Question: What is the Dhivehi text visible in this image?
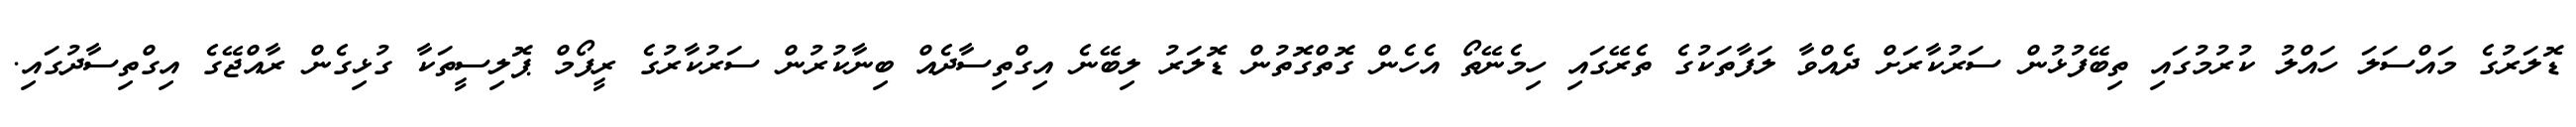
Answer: ޑޮލަރުގެ މައްސަލަ ހައްލު ކުރުމުގައި ތިބޭފުޅުން ސަރުކާރަށް ދެއްވާ ލަފާތަކުގެ ތެރޭގައި ހިމެނޭތޯ އެހެން ގޮތްގޮތުން ޑޮލަރު ލިބޭނެ އިގްތިސާދެއް ބިނާކުރުން ސަރުކާރުގެ ރީފޯމް ޕޮލިސީތަކާ ގުޅިގެން ރާއްޖޭގެ އިގްތިސާދުގައި.